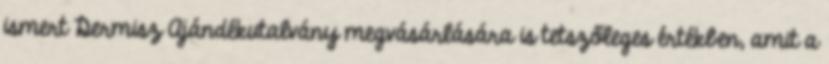
ismert Dermisz Ajándékutalvány megvásárlására is tetszőleges értékben, amit a